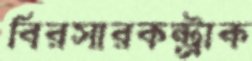
বিরসারকন্ট্রাক